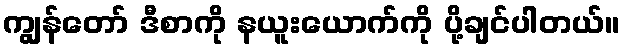
ကျွန်တော် ဒီစာကို နယူးယောက်ကို ပို့ချင်ပါတယ်။